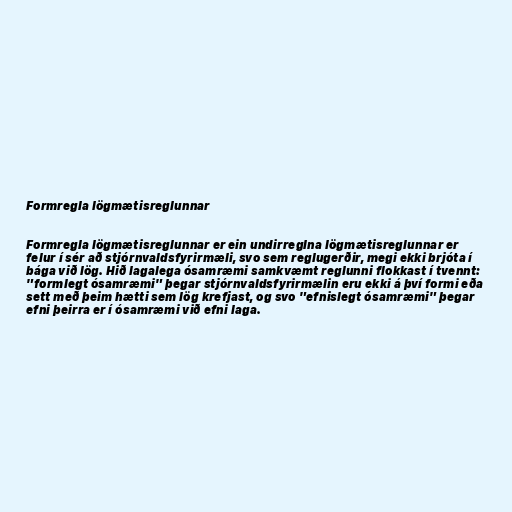
Formregla lögmætisreglunnar

Formregla lögmætisreglunnar er ein undirreglna lögmætisreglunnar er
felur í sér að stjórnvaldsfyrirmæli, svo sem reglugerðir, megi ekki brjóta í
bága við lög. Hið lagalega ósamræmi samkvæmt reglunni flokkast í tvennt:
"formlegt ósamræmi" þegar stjórnvaldsfyrirmælin eru ekki á því formi eða
sett með þeim hætti sem lög krefjast, og svo "efnislegt ósamræmi" þegar
efni þeirra er í ósamræmi við efni laga.